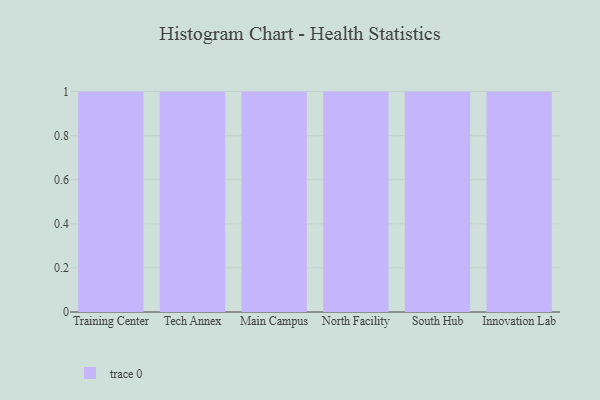
{"axis": {"x": "Campus", "y": "Conversion Rate (%)"}, "legend": [""], "data": [{"x": "Training Center", "y": 2, "type": ""}, {"x": "Tech Annex", "y": 23, "type": ""}, {"x": "Main Campus", "y": 19, "type": ""}, {"x": "North Facility", "y": 10, "type": ""}, {"x": "South Hub", "y": 37, "type": ""}, {"x": "Innovation Lab", "y": 62, "type": ""}]}